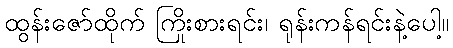
ထွန်းဇော်ထိုက် ကြိုးစားရင်း၊ ရုန်းကန်ရင်းနဲ့ပေါ့။